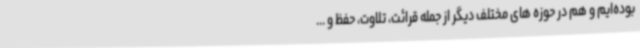
بوده‌ایم و هم در حوزه های مختلف دیگر از جمله قرائت، تلاوت، حفظ و ...